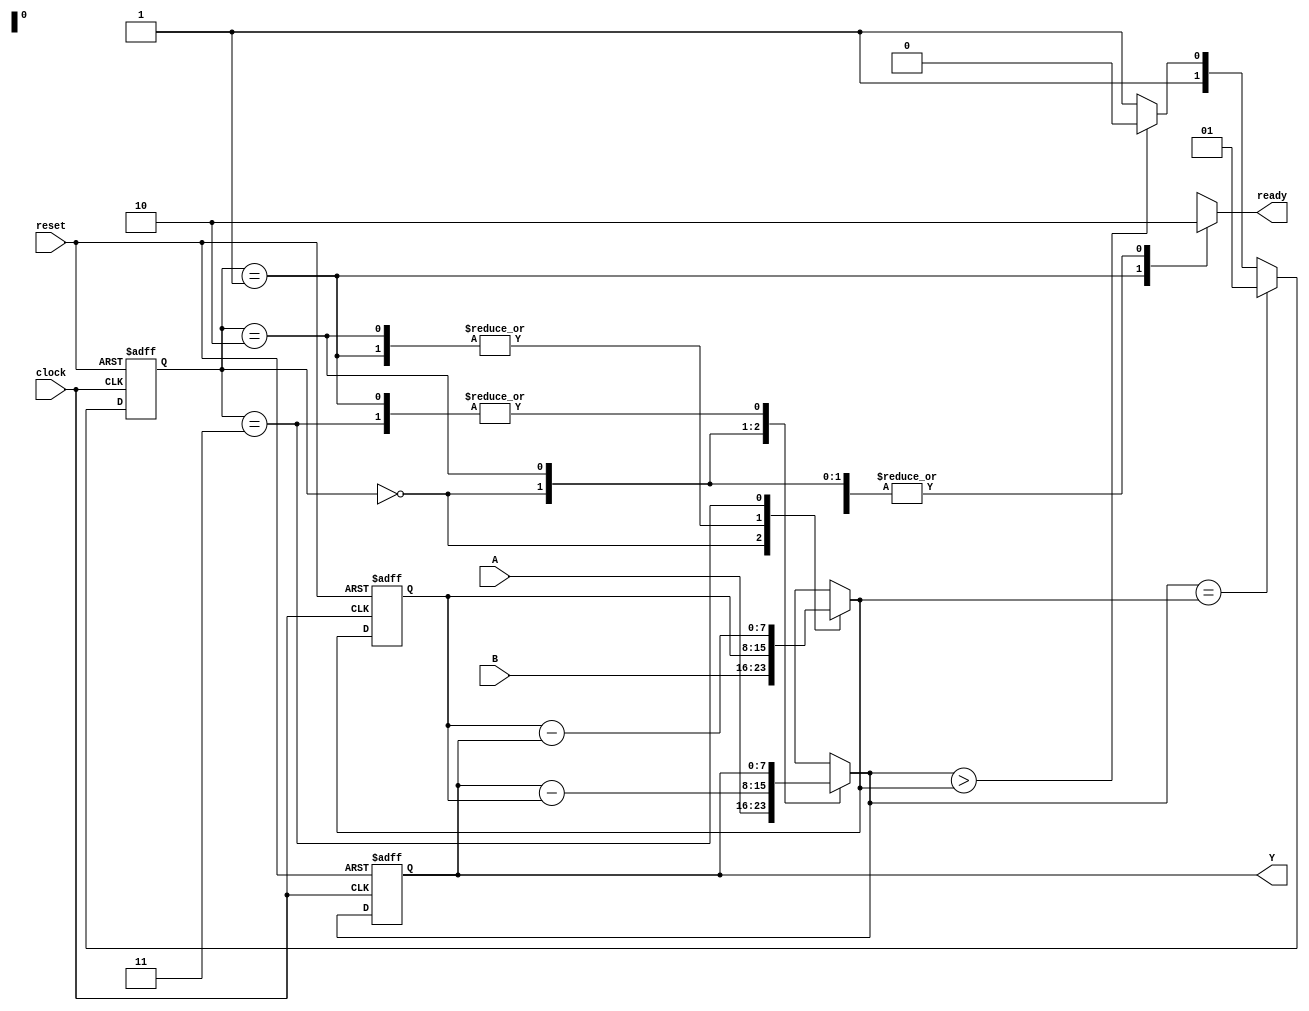
`timescale 1ns / 1ps

module gcd( clock, reset, A, B, Y, ready );
  input clock, reset;
  input [7:0] A, B;
  output [7:0] Y;
  output ready;

  reg [7:0] regA, regB;
  reg [7:0] nextA, nextB;
  reg ready;
  reg [1:0] state;
  parameter S0 = 2'b00, S1 = 2'b01, S2 = 2'b10, S3 = 2'b11;

  always @( posedge clock or negedge reset )
  begin
    if ( reset == 1'b0 )
    begin
      state <= S0;
      regA <= 8'h00;
      regB <= 8'h00;
    end
    else
    begin
      if( nextA == nextB )
        state <= S1;
      else if( nextA > nextB )
        state <= S2;
      else
        state <= S3;
      regA <= nextA;
      regB <= nextB;
    end
  end

  always @( state or A or B or regA or regB)
  begin
    case( state )
      S0:
      begin
        nextA <= A;
        nextB <= B;
        ready <= 1'b0;
      end
      S1:
      begin
        nextA <= regA;
        nextB <= regB;
        ready <= 1'b1;
      end
      S2:
      begin
        nextA <= regA - regB;
        nextB <= regB;
        ready <= 1'b0;
      end
      S3:
      begin
        nextA <= regA;
        nextB <= regB - regA;
        ready <= 1'b0;
      end
      default:
      begin
        nextA <= 8'hxx;
        nextB <= 8'hxx;
        ready <= 1'bx;
      end
    endcase
  end

  assign Y = regA;
endmodule